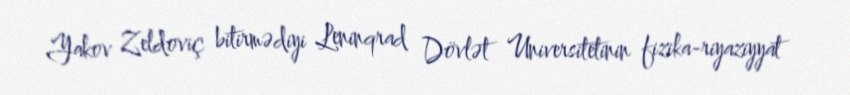
Yakov Zeldoviç bitirmədiyi Leninqrad Dövlət Universitetinin fizika-riyaziyyat